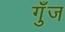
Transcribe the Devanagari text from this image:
गुँज